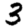
Digit: 3